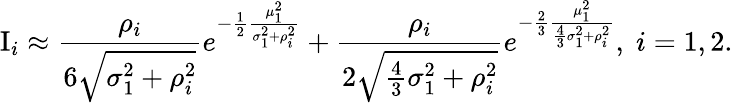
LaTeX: \mathrm{I}_{i}\approx\frac{\rho_{i}}{6\sqrt{\sigma_{1}^{2}+\rho_{i}^{2}}}e^{-\frac{1}{2}\frac{\mu_{1}^{2}}{\sigma_{1}^{2}+\rho_{i}^{2}}}+\frac{\rho_{i}}{2\sqrt{\frac{4}{3}\sigma_{1}^{2}+\rho_{i}^{2}}}e^{-\frac{2}{3}\frac{\mu_{1}^{2}}{\frac{4}{3}\sigma_{1}^{2}+\rho_{i}^{2}}},\; i=1,2.